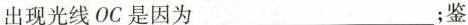
出现光线OC是因为___；鉴